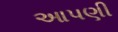
આપણી